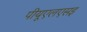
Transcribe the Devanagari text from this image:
पीयूएलएसइ